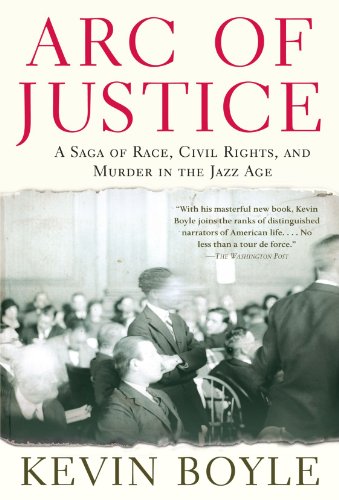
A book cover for Arc of Justice: A Saga of Race, Civil Rights, and Murder in the Jazz Age; Kevin Boyle; Law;